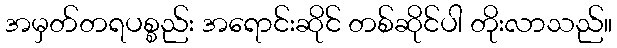
အမှတ်တရပစ္စည်း အရောင်းဆိုင် တစ်ဆိုင်ပါ တိုးလာသည်။